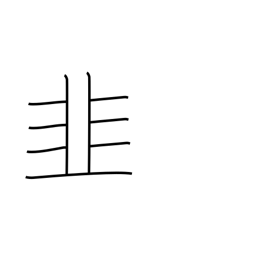
Meaning: leek radical (no. 179)